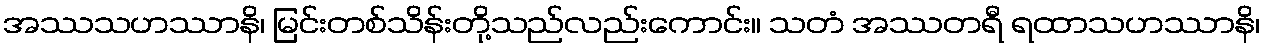
အဿသဟဿာနိ၊ မြင်းတစ်သိန်းတို့သည်လည်းကောင်း။ သတံ အဿတရီ ရထာသဟဿာနိ၊